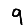
Digit: 9